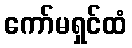
ကော်မရှင်ထံ